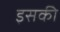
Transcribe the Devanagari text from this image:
इसकीे